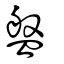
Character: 盤